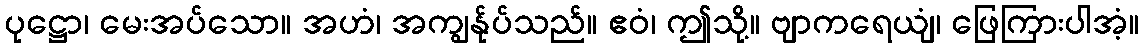
ပုဋ္ဌော၊ မေးအပ်သော။ အဟံ၊ အကျွန်ုပ်သည်။ ဧဝံ၊ ဤသို့။ ဗျာကရေယျံ၊ ဖြေကြားပါအံ့။